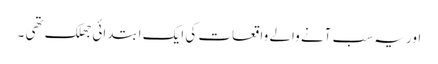
اور یہ سب آنے والے واقعات کی ایک ابتدائی جھلک تھی ۔